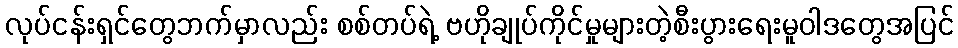
လုပ်ငန်းရှင်တွေဘက်မှာလည်း စစ်တပ်ရဲ့ ဗဟိုချုပ်ကိုင်မှုများတဲ့စီးပွားရေးမူဝါဒတွေအပြင်